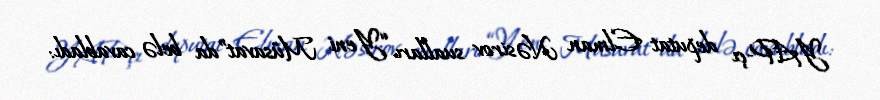
YAP-çı deputat Elman Nəsirov sualları “Yeni Müsavat”da belə cavabladı: